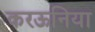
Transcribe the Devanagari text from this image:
करऊनिया